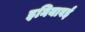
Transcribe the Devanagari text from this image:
इनियावई